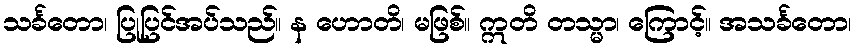
သင်္ခတော၊ ပြုပြင်အပ်သည်။ န ဟောတိ၊ မဖြစ်။ ဣတိ တသ္မာ၊ ကြောင့်။ အသင်္ခတော၊